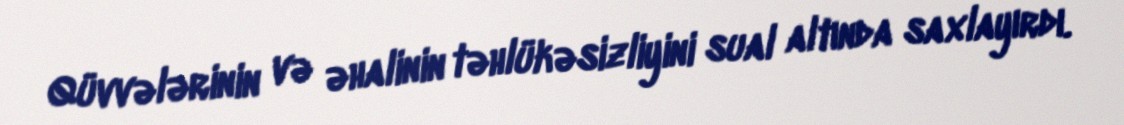
Qüvvələrinin və əhalinin təhlükəsizliyini sual altında saxlayırdı.